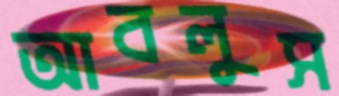
আবলুস